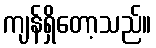
ကျန်ရှိတော့သည်။